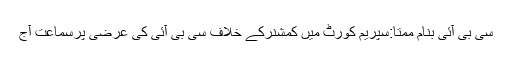
سی بی آئی بنام ممتا:سپریم کورٹ میں کمشنرکے خلاف سی بی آئی کی عرضی پرسماعت آج